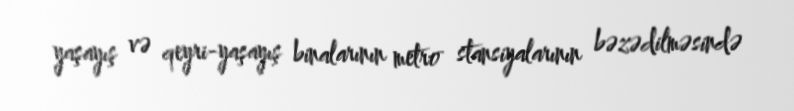
yaşayış və qeyri-yaşayış binalarının metro stansiyalarının bəzədilməsində